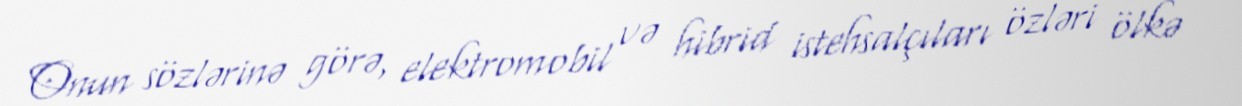
Onun sözlərinə görə, elektromobil və hibrid istehsalçıları özləri ölkə